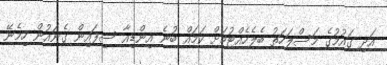
އަދި ގައުމުގެ މަސްލަހަތު ބެލެހެއްޓުމަށް ކަމައް ބުނެ އިންޑިއާ ސިފައިން ގެނައުން ހިމެނޭ